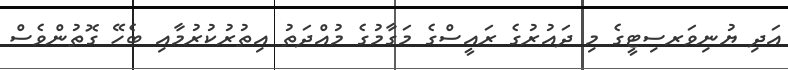
އަދި ޔުނިވަރސިޓީގެ މި ދައުރުގެ ރައީސްގެ މަގާމުގެ މުއްދަތު އިތުރުކުރުމާއި ބެހޭ ގޮތުންވެސް